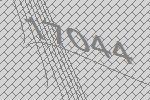
17044